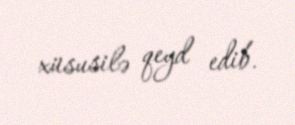
xüsusilə qeyd edib.